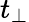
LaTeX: t_{\perp}